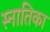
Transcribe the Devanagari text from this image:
स्नातिका